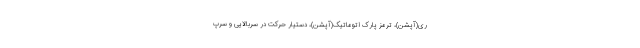
ری(آپشن)، ترمز پارک اتوماتیک(آپشن)، دستیار حرکت در سربالایی و سرپ